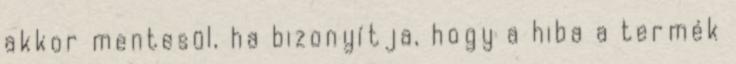
akkor mentesül, ha bizonyítja, hogy a hiba a termék